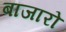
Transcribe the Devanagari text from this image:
बाजारो